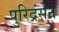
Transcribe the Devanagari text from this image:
पुरिद्रंसेन